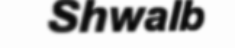
Shwalb